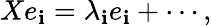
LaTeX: Xe_{\mathbf{i}}=\lambda_{\mathbf{i}}e_{\mathbf{i}}+\cdots,